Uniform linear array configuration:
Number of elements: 4
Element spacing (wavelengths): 0.25
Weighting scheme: hamming
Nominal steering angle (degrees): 45
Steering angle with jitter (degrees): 45.123
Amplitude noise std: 0.05
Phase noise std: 0.05

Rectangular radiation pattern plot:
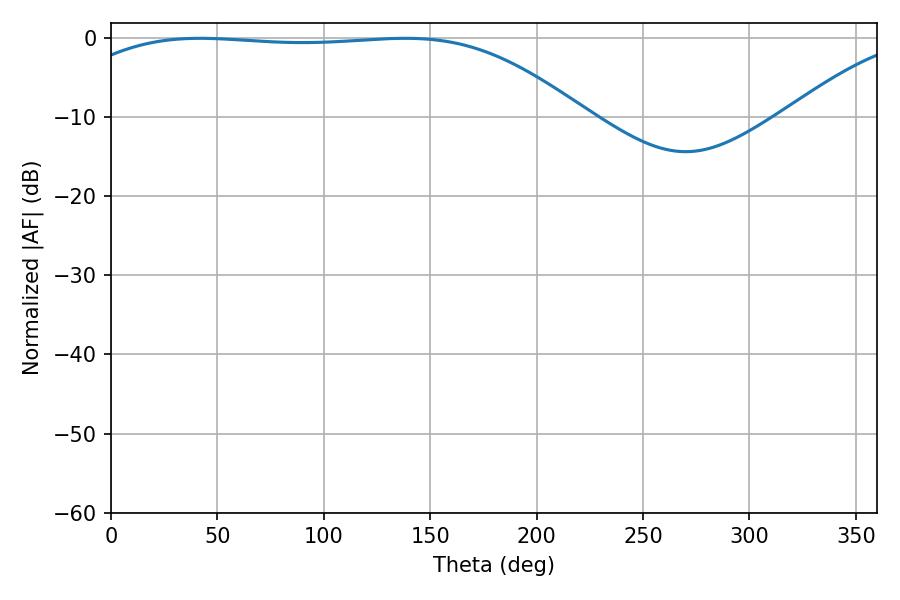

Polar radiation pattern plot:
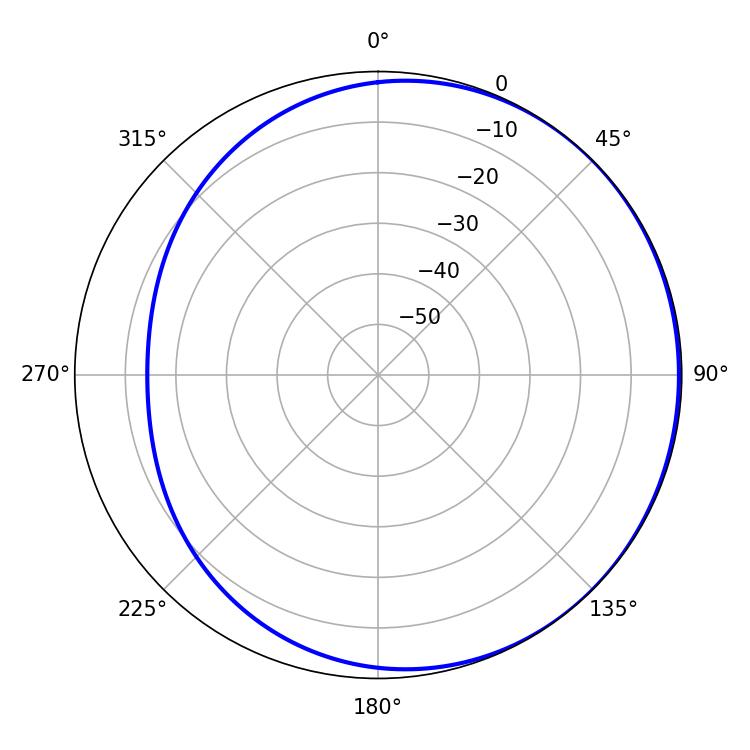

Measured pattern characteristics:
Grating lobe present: FALSE
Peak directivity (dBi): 0.8625
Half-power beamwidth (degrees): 187.38
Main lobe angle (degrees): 41.76